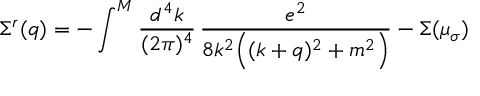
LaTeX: \Sigma ^ { r } ( q ) = - \int ^ { M } \frac { d ^ { 4 } k } { ( 2 \pi ) ^ { 4 } } \, \frac { e ^ { 2 } } { 8 k ^ { 2 } \Big ( ( k + q ) ^ { 2 } + m ^ { 2 } \Big ) } - \Sigma ( \mu _ { \sigma } )